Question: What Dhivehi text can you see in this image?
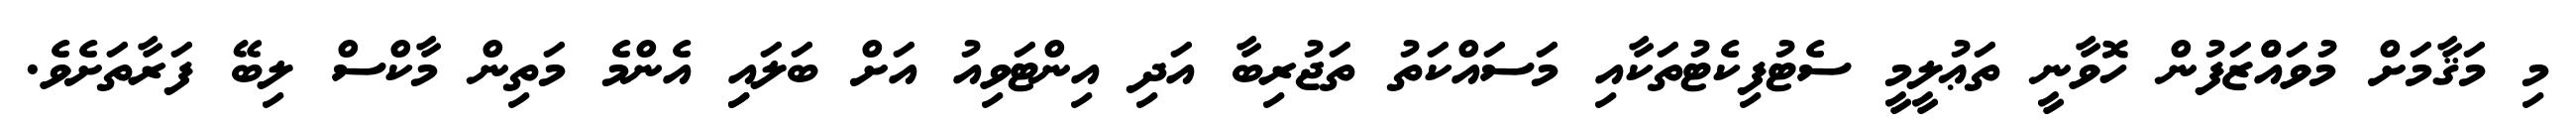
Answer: މި މަޤާމަށް މުވައްްޒަފުން ހޮވާނީ ތަޢުލީމީ ސެޓުފިކެޓުތަކާއި މަސައްކަތު ތަޖުރިބާ އަދި އިންޓަވިއު އަށް ބަލައިި އެންމެ މަތިން މާކްސް ލިބޭ ފަރާތަށެވެ.